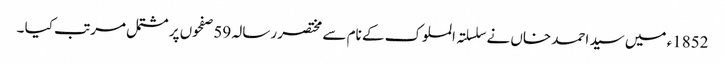
1852ء میں سید احمد خاں نے سلسلتہ الملوک کے نام سے مختصر رسالہ 59 صفحوں پر مشتمل مرتب کیا ۔